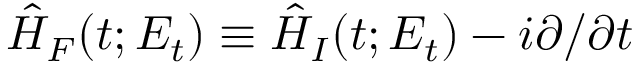
\hat { H } _ { F } ( t ; E _ { t } ) \equiv \hat { H } _ { I } ( t ; E _ { t } ) - i \partial / \partial t